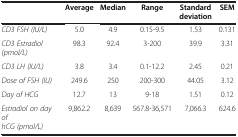
<table><thead><tr><td><b> </b></td><td><b>Average</b></td><td><b>Median</b></td><td><b>Range</b></td><td><b>Standard deviation</b></td><td><b>SEM</b></td></tr></thead><tbody><tr><td><i>CD3 FSH (IU/L)</i></td><td>5.0</td><td>4.9</td><td>0.15-9.5</td><td>1.53</td><td>0.131</td></tr><tr><td><i>CD3 Estradiol (pmol/L)</i></td><td>98.3</td><td>92.4</td><td>3-200</td><td>39.9</td><td>3.31</td></tr><tr><td><i>CD3 LH (IU/L)</i></td><td>3.8</td><td>3.4</td><td>0.1-12.2</td><td>2.45</td><td>0.21</td></tr><tr><td><i>Dose of FSH (IU)</i></td><td>249.6</td><td>250</td><td>200-300</td><td>44.05</td><td>3.12</td></tr><tr><td><i>Day of HCG</i></td><td>12.7</td><td>13</td><td>9-18</td><td>1.51</td><td>0.12</td></tr><tr><td><i>Estradiol on day of hCG (pmol/L)</i></td><td>9,862.2</td><td>8,639</td><td>567.8-36,571</td><td>7,066.3</td><td>624.6</td></tr></tbody></table>